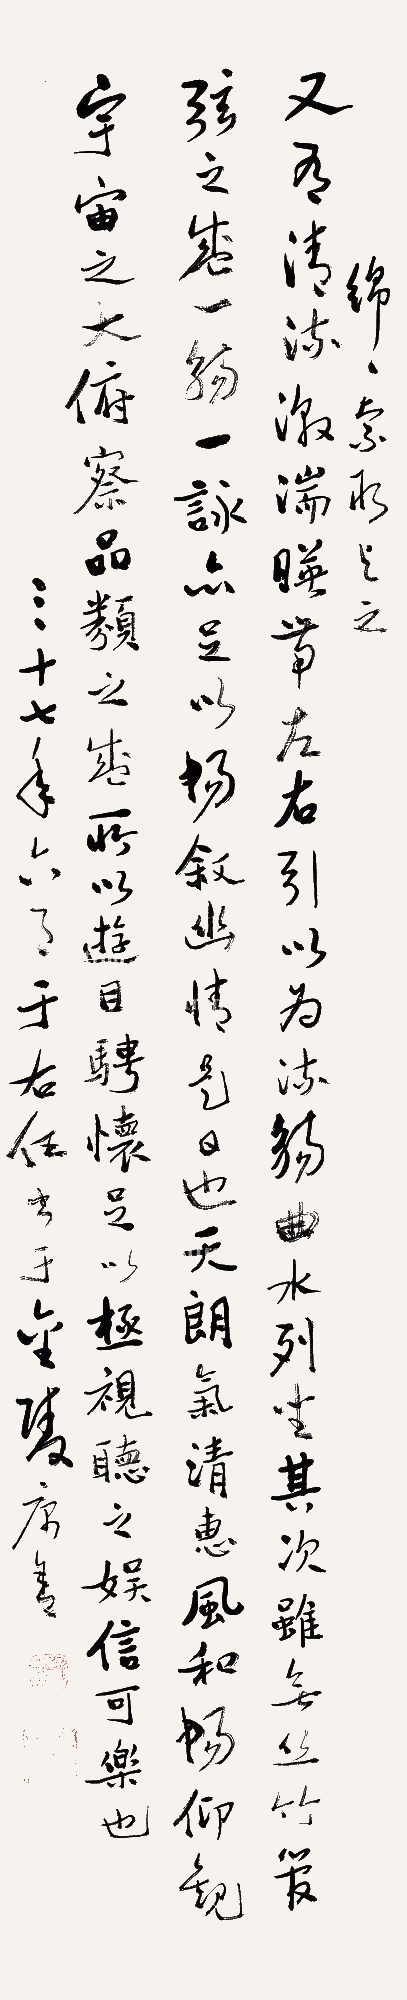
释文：又有清流急湍，映带左右，引以为流觞曲水，列坐其次，虽无丝竹管弦之盛，一觞一咏亦足以畅叙幽怀，是日也，天朗气清，惠风和畅，仰观宇宙之大，俯察品类之盛，所以游目骋怀，足以极视听之娱，信可乐也。绵绵索取与之，三十七年六月，于右任书于金陵寓舍。